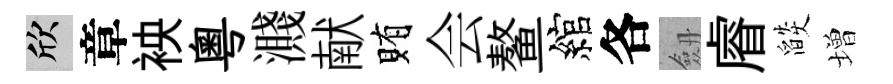
欣章䘧粵濺献賄会鳌綰各劔𥈠燄増